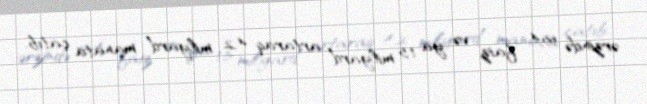
ərzində 55,4 faiz və ya 1,5 milyard artaraq 4,2 milyard manata çatıb.